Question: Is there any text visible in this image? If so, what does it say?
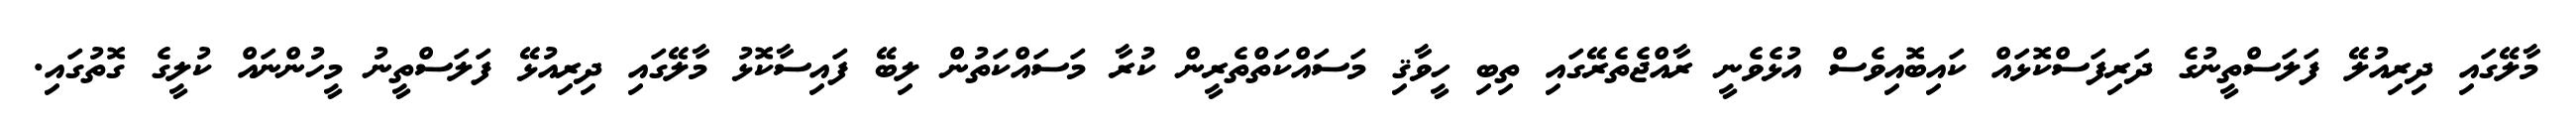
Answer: މާލޭގައި ދިރިއުލޭ ފަލަސްތީނުގެ ދަރިފަސްކޮޅައް ކައިބޮއިވެސް އުޅެވެނީ ރާއްޖެތެރޭގައި ތިބި ހީވާޤި މަސައްކަތްތެރީން ކުރާ މަސައްކަތުން ލިބޭ ފައިސާކޮޅު މާލޭގައި ދިރިއުޅޭ ފަލަސްތީނު މީހުންނައް ކުލީގެ ގޮތުގައި.